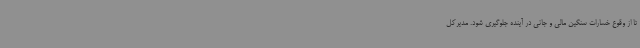
تا از وقوع خسارات سنگین مالی و جانی در آینده جلوگیری شود. مدیرکل